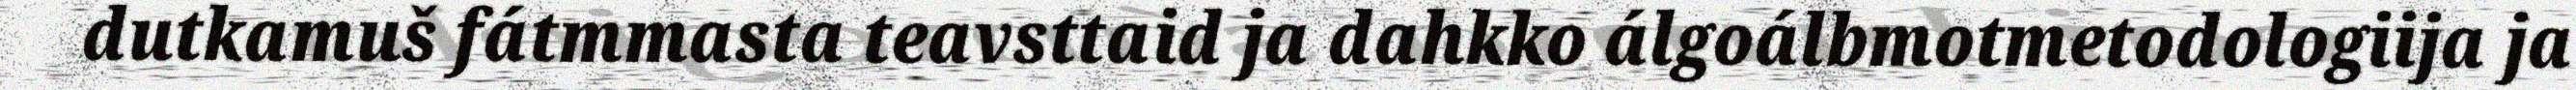
dutkamuš fátmmasta teavsttaid ja dahkko álgoálbmotmetodologiija ja